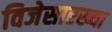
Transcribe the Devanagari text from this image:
विजेसारख्या